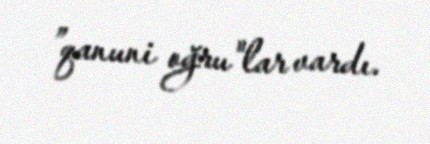
”qanuni oğru"lar vardı.